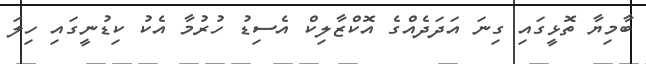
ބާމިޔާ ތޮޅީގައި ގިނަ އަދަދެއްގެ އޮކްޒާލިކް އެސިޑު ހުރުމާ އެކު ކިޑުނީގައި ހިލަ